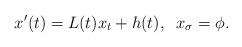
LaTeX: \begin{align*}x'(t) = L(t)x_t + h(t), \;\; x_{\sigma} = \phi.\end{align*}